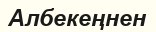
Албекеңнен